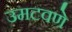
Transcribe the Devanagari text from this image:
उमटवणे